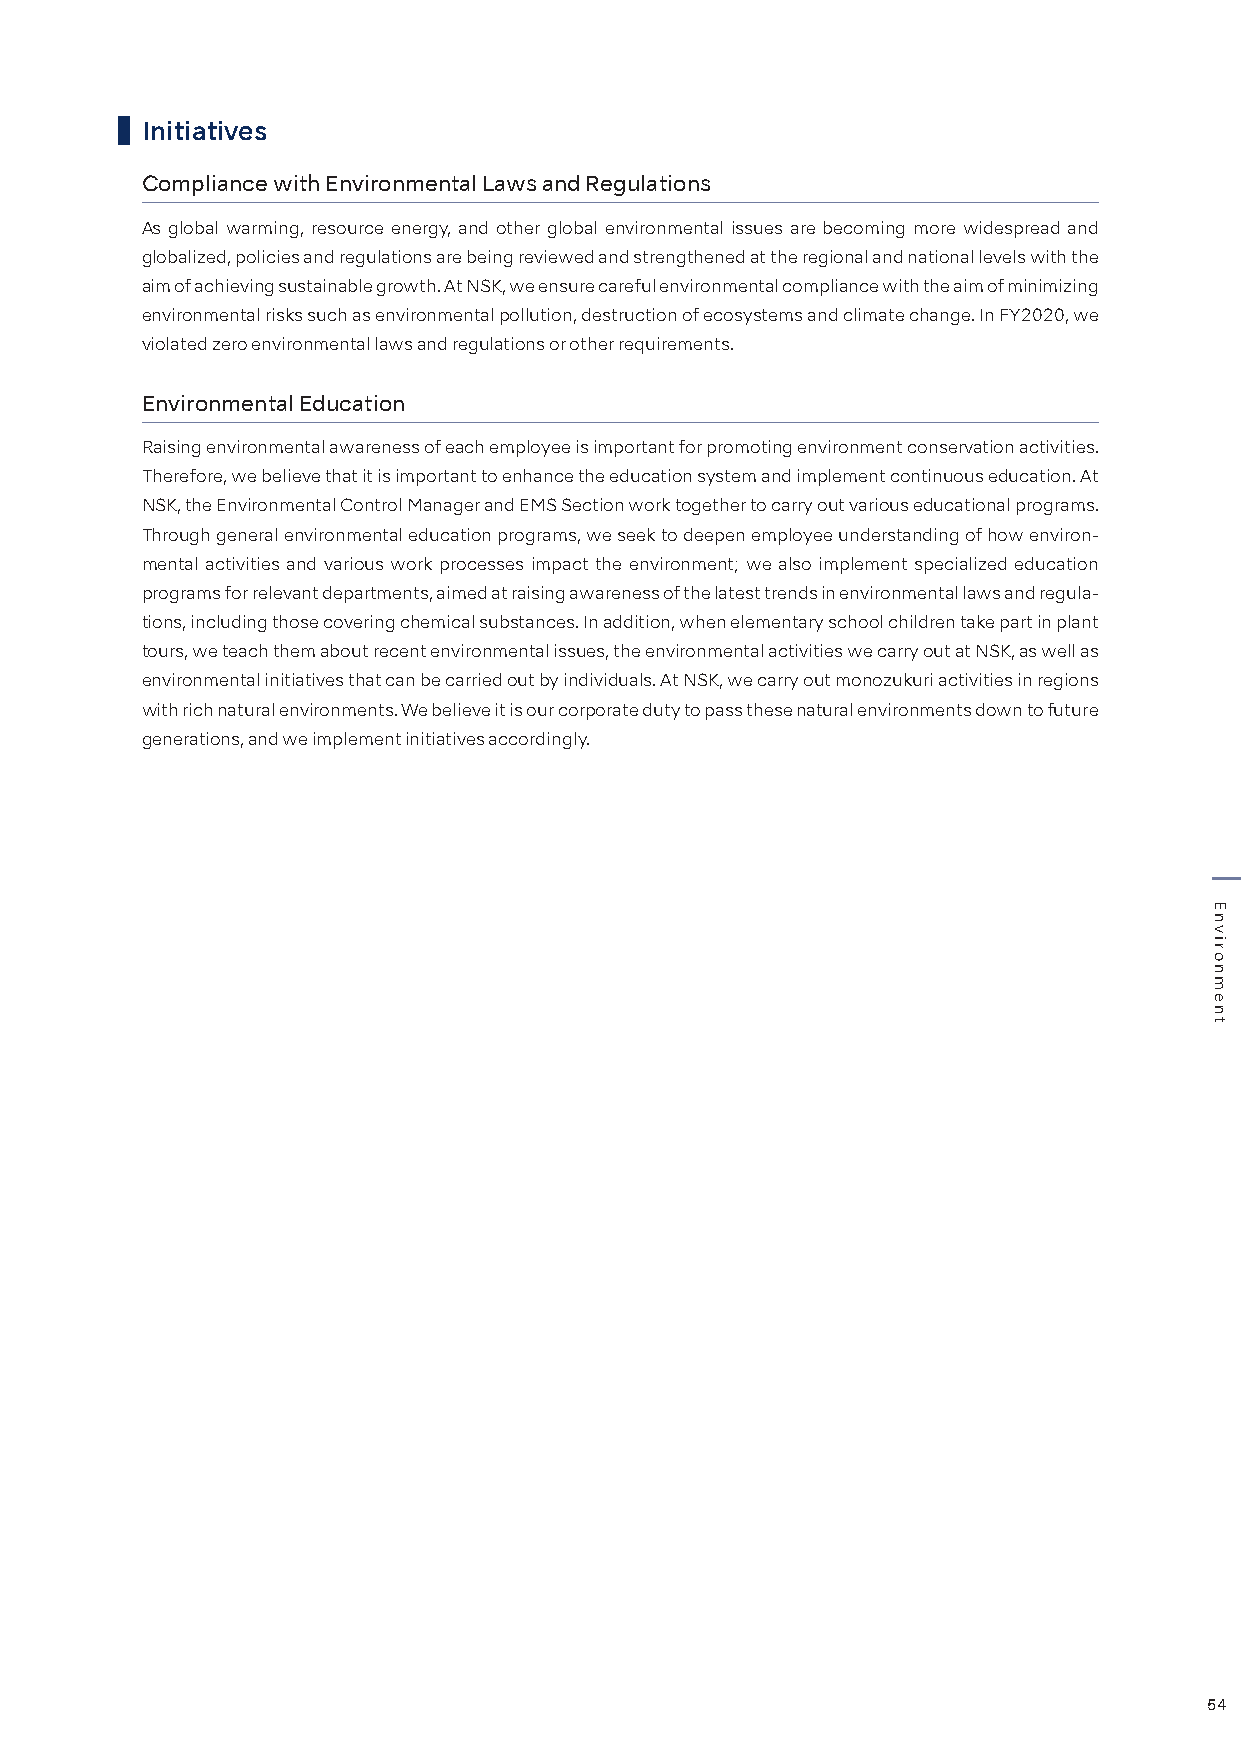
Initiatives
 Compliance with Environmental Laws and Regulations
 As global warming, resource energy, and other global environmental issues are becoming more widespread and
 globalized, policies and regulations are being reviewed and strengthened at the regional and national levels with the
 aim of achieving sustainable growth. At NSK, we ensure careful environmental compliance with the aim of minimizing
 environmental risks such as environmental pollution, destruction of ecosystems and climate change. In FY2020, we
 violated zero environmental laws and regulations or other requirements.
 Environmental Education
 Raising environmental awareness of each employee is important for promoting environment conservation activities.
 Therefore, we believe that it is important to enhance the education system and implement continuous education. At
 NSK, the Environmental Control Manager and EMS Section work together to carry out various educational programs.
 Through general environmental education programs, we seek to deepen employee understanding of how environ-
 mental activities and various work processes impact the environment; we also implement specialized education
 programs for relevant departments, aimed at raising awareness of the latest trends in environmental laws and regula-
 tions, including those covering chemical substances. In addition, when elementary school children take part in plant
 tours, we teach them about recent environmental issues, the environmental activities we carry out at NSK, as well as
 environmental initiatives that can be carried out by individuals. At NSK, we carry out monozukuri activities in regions
 with rich natural environments. We believe it is our corporate duty to pass these natural environments down to future
 generations, and we implement initiatives accordingly.
 54
 Environment